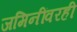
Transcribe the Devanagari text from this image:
जमिनींवरही